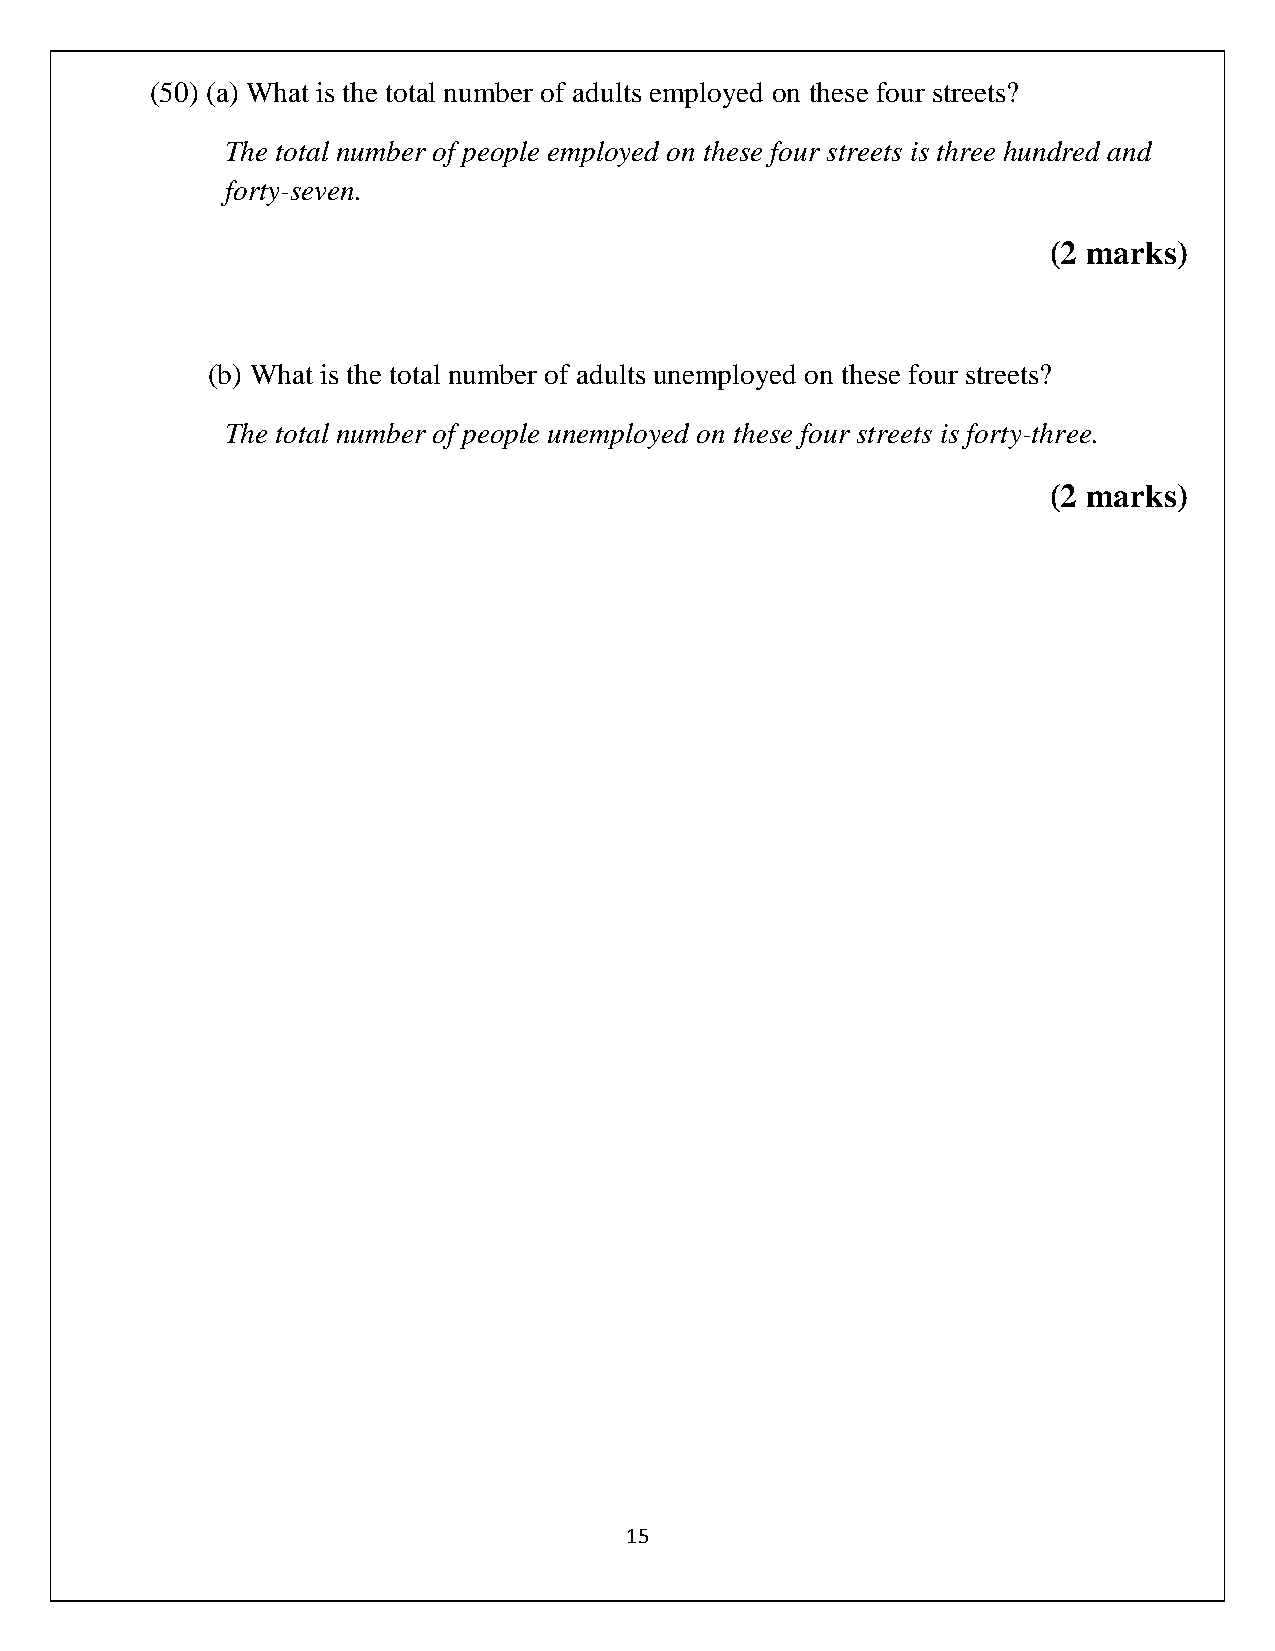
(50) (a) What is the total number of adults employed on these four streets?
 The total number of people employed on these four streets is three hundred and
 forty-seven.
 (2 marks)
 (b) What is the total number of adults unemployed on these four streets?
 The total number of people unemployed on these four streets is forty-three.
 (2 marks)
 15